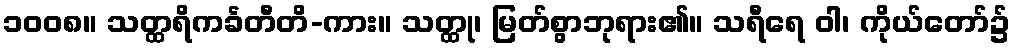
၁၀၀၈။ သတ္ထရိကင်္ခတီတိ-ကား။ သတ္ထု၊ မြတ်စွာဘုရား၏။ သရီရေ ဝါ၊ ကိုယ်တော်၌